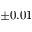
\pm 0 . 0 1